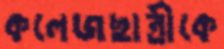
কলেজছাত্রীকে